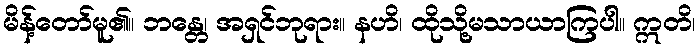
မိန့်တော်မူ၏။ ဘန္တေ၊ အရှင်ဘုရား။ နဟိ၊ ထိုသို့မသာယာကြပါ။ ဣတိ၊